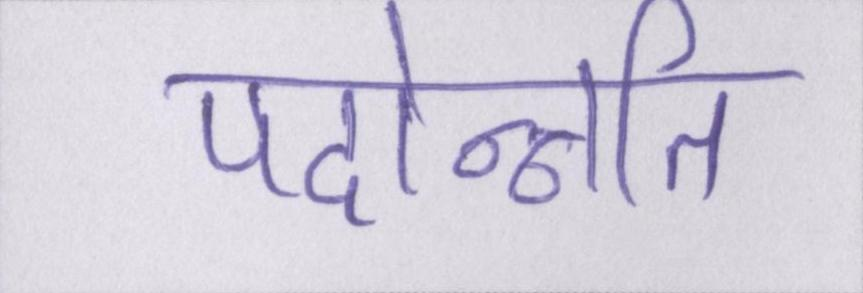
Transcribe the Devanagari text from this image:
पदोन्नति